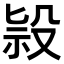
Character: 𣪑